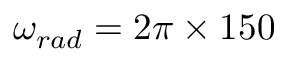
\omega _ { r a d } = 2 \pi \times 1 5 0